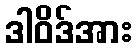
ဒါဝိဒ်အား